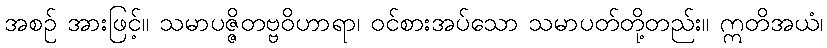
အစဉ် အားဖြင့်။ သမာပဇ္ဇိတဗ္ဗဝိဟာရာ၊ ဝင်စားအပ်သော သမာပတ်တို့တည်း။ ဣတိအယံ၊